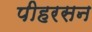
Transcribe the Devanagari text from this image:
पीहरसन